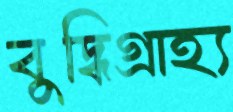
বুদ্ধিগ্রাহ্য